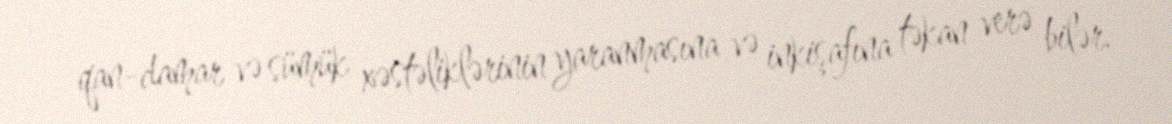
qan-damar və sümük xəstəliklərinin yaranmasına və inkişafına təkan verə bilər.